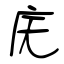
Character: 庑